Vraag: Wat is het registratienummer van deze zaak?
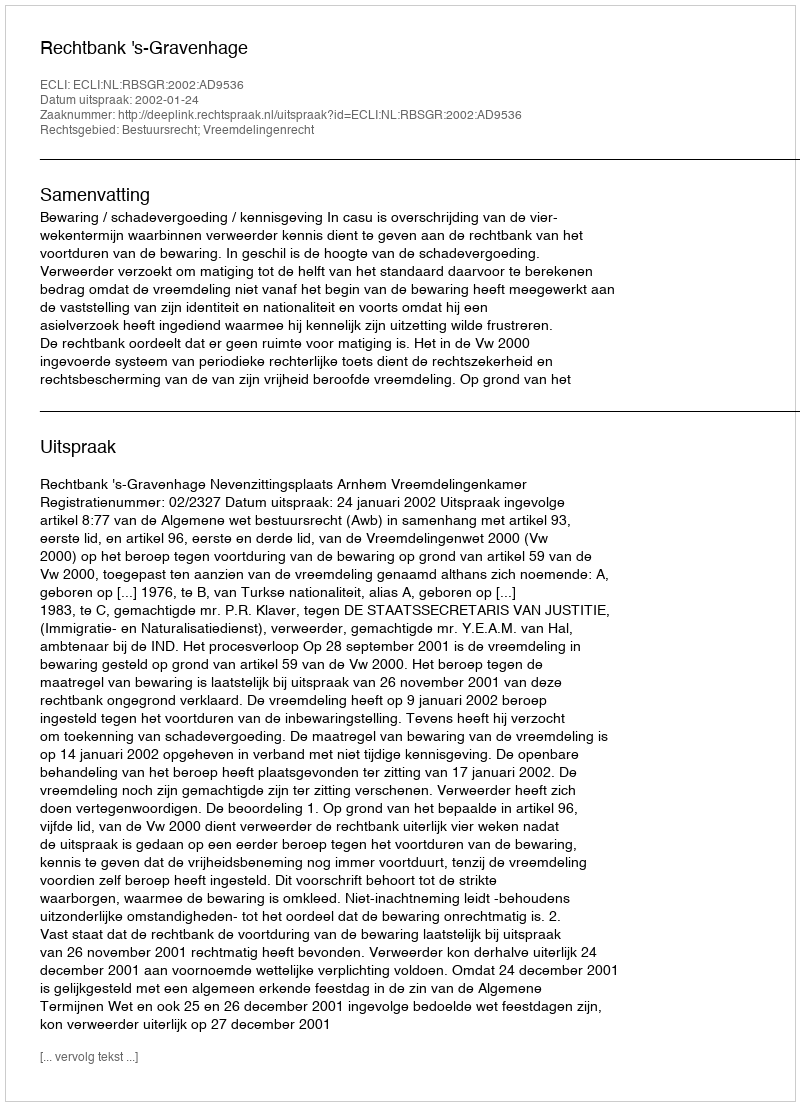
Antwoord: http://deeplink.rechtspraak.nl/uitspraak?id=ECLI:NL:RBSGR:2002:AD9536